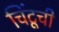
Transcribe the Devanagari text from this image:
चिंटूची